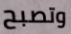
وتصبح